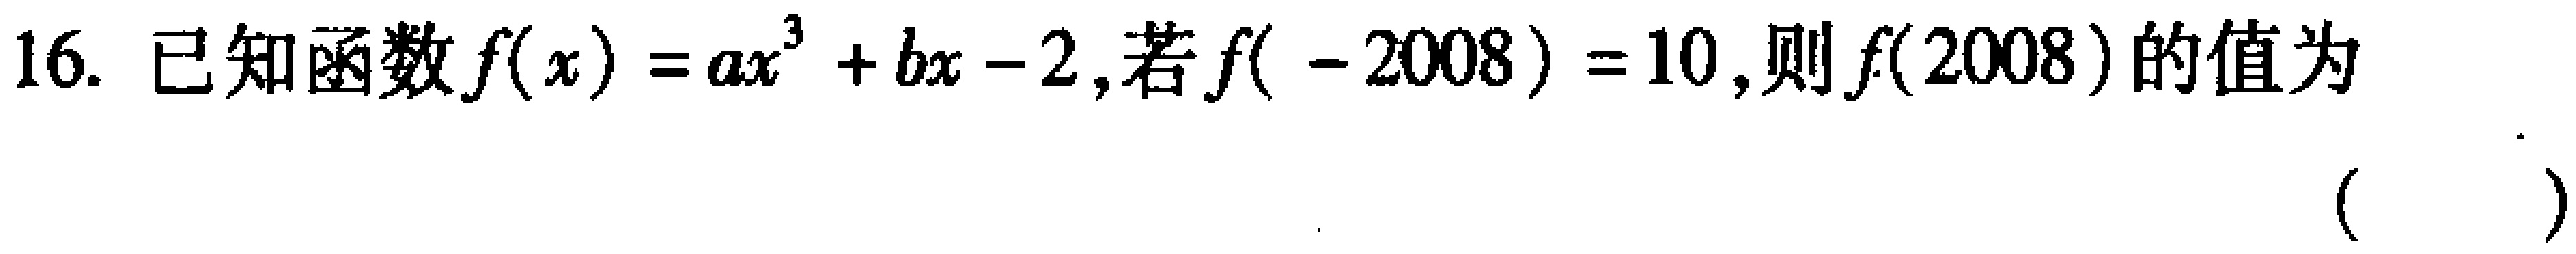
16. 已知函数\(f(x)=ax^{3}+bx - 2\)，若\(f(-2008)=10\)，则\(f(2008)\)的值为  （  ）